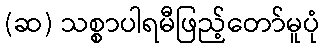
(ဆ) သစ္စာပါရမီဖြည့်တော်မူပုံ